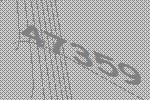
47359